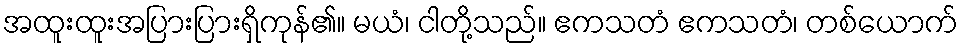
အထူးထူးအပြားပြားရှိကုန်၏။ မယံ၊ ငါတို့သည်။ ဧကသတံ ဧကသတံ၊ တစ်ယောက်